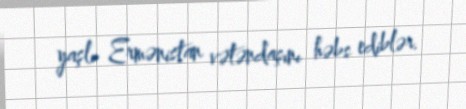
yaşlı Ermənistan vətəndaşını həbs ediblər.